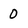
Character: 0